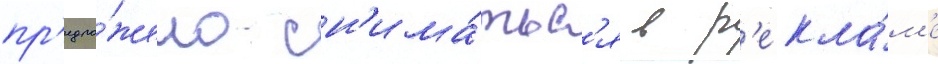
пр'едло́жено сн'има́тьс'я в р'екла́м'е